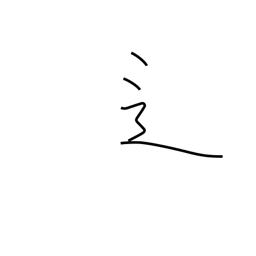
Meaning: road radical variant (no. 162)